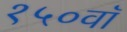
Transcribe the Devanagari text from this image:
१५०वॉ